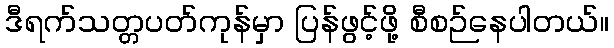
ဒီရက်သတ္တပတ်ကုန်မှာ ပြန်ဖွင့်ဖို့ စီစဉ်နေပါတယ်။